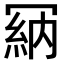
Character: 𠖘